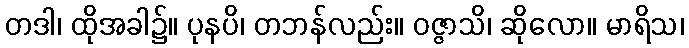
တဒါ၊ ထိုအခါ၌။ ပုနပိ၊ တဘန်လည်း။ ဝဇ္ဇာသိ၊ ဆိုလော။ မာရိသ၊